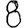
Digit: 8